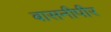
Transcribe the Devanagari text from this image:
बासनीपीर